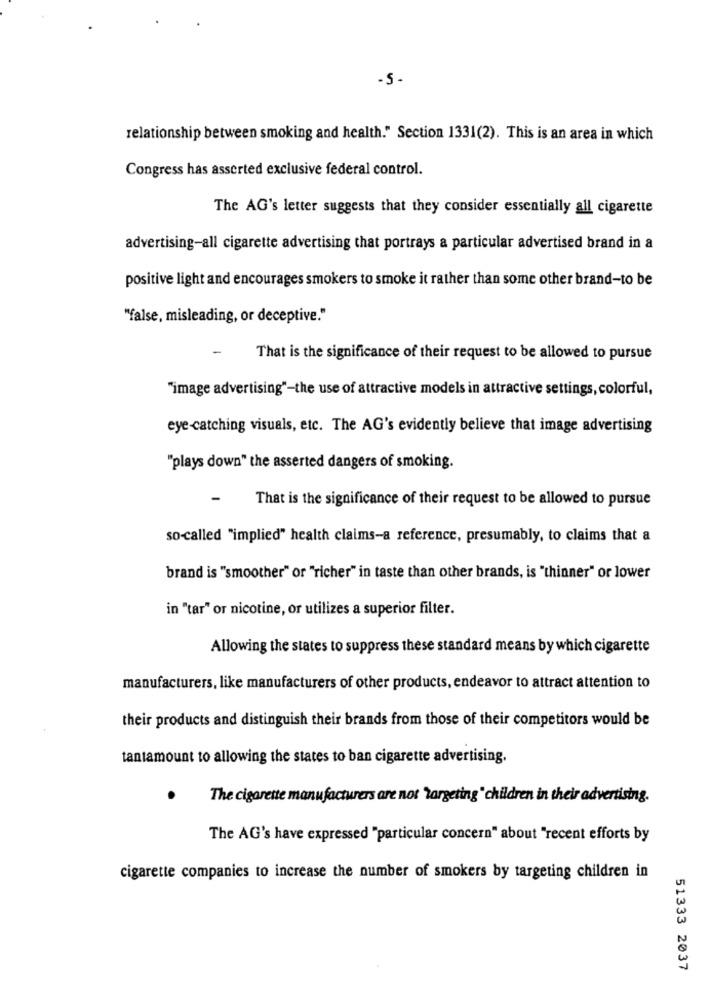
-5
relationship between smoking and health." Section 1331(2). This is an area in which
Congress has asserted exclusive federal control.
The AG's letter suggests that they consider essentially all cigarette
advertising-all cigarette advertising that portrays a particular advertised brand in a
positive light and encourages smokers to smoke it rather than some other brand-to be
"false, misleading, or deceptive."
That is the significance of their request to be allowed to pursue
"image advertising"-the use of attractive models in attractive settings, colorful,
eye -catching visuals, etc. The AG's evidently believe that image advertising
"plays down" the asserted dangers of smoking.
That is the significance of their request to be allowed to pursue
so-called "implied" health claims-a reference, presumably, to claims that a
brand is "smoother" or "richer" in taste than other brands, is "thinner" or lower
in "tar" or nicotine, or utilizes a superior filter.
Allowing the states to suppress these standard means by which cigarette
manufacturers, like manufacturers of other products, endeavor to attract attention to
their products and distinguish their brands from those of their competitors would be
tantamount to allowing the states to ban cigarette advertising.
The cigarette manufacturers are not 'targeting" children in their advertising.
The AG's have expressed "particular concern" about "recent efforts by
cigarette companies to increase the number of smokers by targeting children in
51333 2037